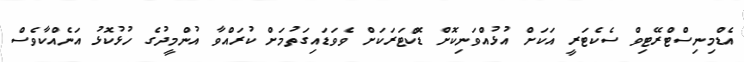
އެޑްމިނިސްޓްރޭޓިވް ސެކެޓަރީ އަކަށް އުޅުއްވަނިކޮށް ޑޮކްޓަރަކަށް ވެވަަޑައިގަތުމަށް ކުރައްވާ އުންމީދުގެ ހުޅުކޮޅު އަނެއްކާވެސް